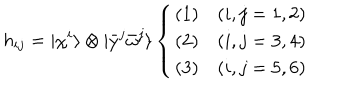
h _ { i j } = | \chi ^ { i } \rangle \otimes | { \bar { y } } ^ { j } { \bar { \omega } } ^ { j } \rangle \left\{ \begin{array} { l l } { { ( 1 ) } } & { { ( i , j = 1 , 2 ) } } \\ { { ( 2 ) } } & { { ( i , j = 3 , 4 ) } } \\ { { ( 3 ) } } & { { ( i , j = 5 , 6 ) } } \\ \end{array} \right.